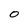
Character: O